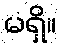
မရှိ။